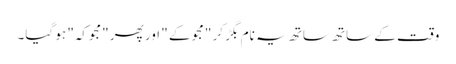
وقت کے ساتھ ساتھ یہ نام بگڑ کر "مجو کے " اور پھر "مجوکہ" ہو گیا۔